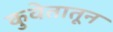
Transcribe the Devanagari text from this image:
कुवेतातून